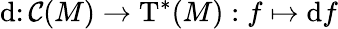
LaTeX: \mathrm{d}\colon{\mathcal{C}}(M)\to\mathrm{T}^{*}(M):f\mapsto\mathrm{d}f